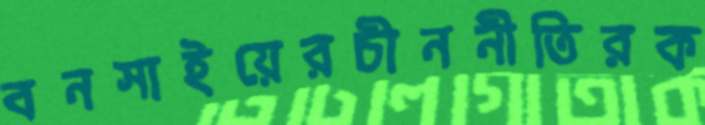
বনসাইয়েরচীননীতিরক